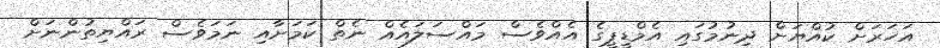
އަހަރަށް ކުއްޔަށް ދިނުމުގައި އެމްޑީޕީގެ އެއްވެސް މައްސަލައެއް ނެތް ކަމަށާއި ނަމަވެސް ރައްޔިތުންނަށް